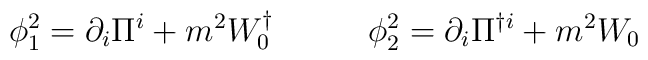
\phi^{2}_{1}=\partial_i\Pi^i+m^2W^{\dagger}_0 \hspace{1.2cm} \phi^{2}_{2}=\partial_i\Pi^{\dagger i}+m^2W_0 \\